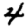
Digit: 4